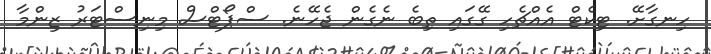
ހިނގާށޭ. ޓިކެޓް އެއްޗެހި ގޭގައި ތިބެ ނެގެން ޖެހޭނެ. ސްޕޯޓްސް މިނިސްޓަރު ޒިންމާ